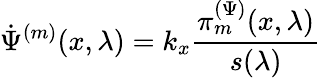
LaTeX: \dot{\Psi}^{(m)}(x,\lambda)=k_{x}\frac{\pi_{m}^{(\Psi)}(x,\lambda)}{s(\lambda)}